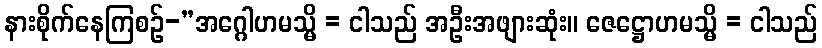
နားစိုက်နေကြစဉ်-”အဂ္ဂေါဟမသ္မိ = ငါသည် အဦးအဖျားဆုံး။ ဇေဋ္ဌောဟမသ္မိ = ငါသည်